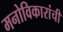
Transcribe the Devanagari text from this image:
मनोविकारांची